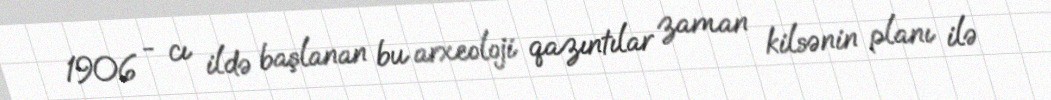
1906 - cı ildə başlanan bu arxeoloji qazıntılar zaman kilsənin planı ilə